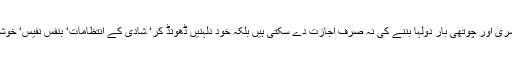
پاکستانی عورتیں اپنے شوہروں کو دوسری ‘ تیسری اور چوتھی بار دولہا بننے کی نہ صرف اجازت دے سکتی ہیں بلکہ خود دلہنیں ڈھونڈ کر‘ شادی کے انتظامات‘ بنفس نفیس‘ خوشی اور خلوص کے ساتھ سرانجام دے سکتی ہیں۔